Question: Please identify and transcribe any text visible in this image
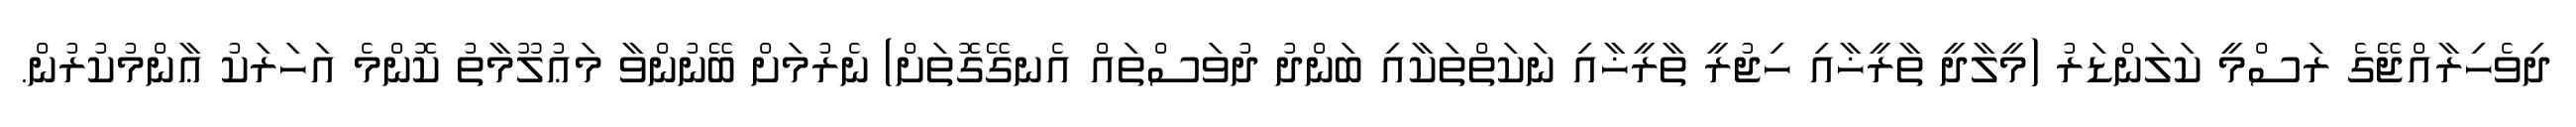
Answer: ދިވެހިރާއްޖޭގެ ރަސްމީ ކަލަންޑަރު (މީލާދީ ތާރީޚާއި ހިޖުރީ ތާރީޚާއި ނަކަތްތަކާއި ބަންދު ދުވަސްތައް އެނގޭގޮތަށް) ނެރުމަށް ބޭނުންވާ މަޢުލޫމާތު ކޮންމެ އަހަރަކު ޢާންމުކުރުން.